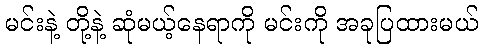
မင်းနဲ့ တို့နဲ့ ဆုံမယ့်နေရာကို မင်းကို အခုပြထားမယ်